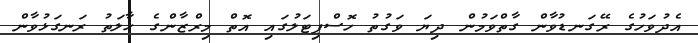
އެދުވަހުގެ ރޭގަނޑުވާން ގާތްވަމުން ދިޔަ ވަގުތު ހޮސްޕިޓަލުގައި އޮތް މިރްޒާންގެ ޙާލަތު ރަނގަޅުވާން